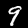
Label: 9